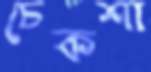
চেকশা